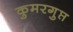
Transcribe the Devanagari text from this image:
कुमरगुप्त